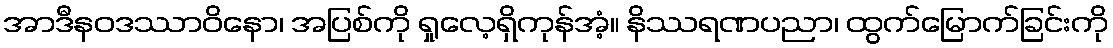
အာဒီနဝဒဿာဝိနော၊ အပြစ်ကို ရှုလေ့ရှိကုန်အံ့။ နိဿရဏပညာ၊ ထွက်မြောက်ခြင်းကို